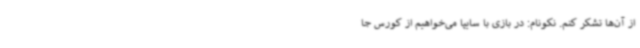
از آن‌ها تشکر کنم. نکونام: در بازی با سایپا می‌خواهیم از کورس جا